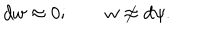
LaTeX: d w \approx 0 ; \quad \quad w \not \approx d \psi .